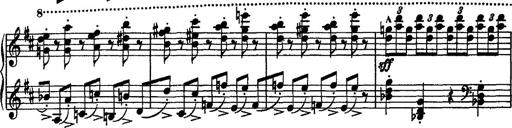
Title: Piano Sonata
Composer: Karl HÃ¤ssler
Key: C major